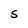
Character: S